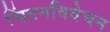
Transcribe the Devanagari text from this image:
चिंतनविवेचन